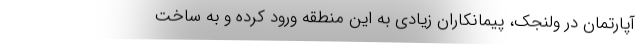
آپارتمان در ولنجک، پیمانکاران زیادی به این منطقه ورود کرده و به ساخت